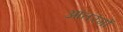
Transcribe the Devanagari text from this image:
आंतरंगों